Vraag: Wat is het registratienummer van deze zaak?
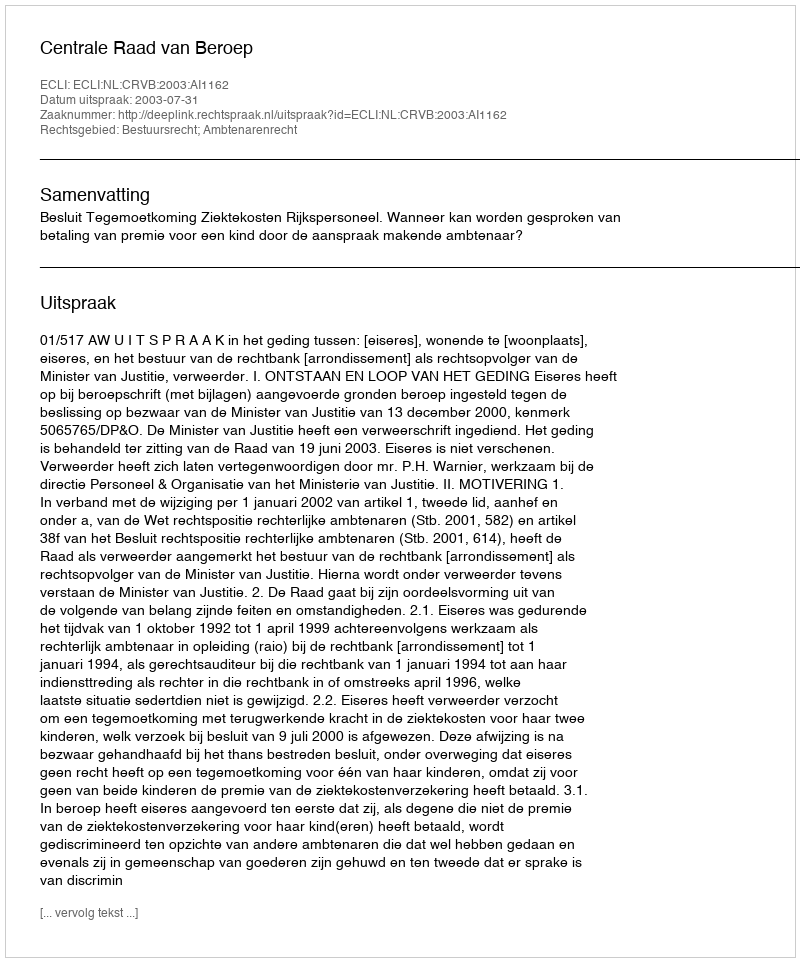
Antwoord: http://deeplink.rechtspraak.nl/uitspraak?id=ECLI:NL:CRVB:2003:AI1162